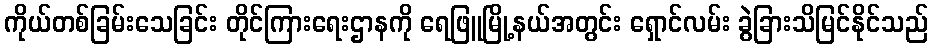
ကိုယ်တစ်ခြမ်းသေခြင်း တိုင်ကြားရေးဌာနကို ရေဖြူမြို့နယ်အတွင်း ရှောင်လမ်း ခွဲခြားသိမြင်နိုင်သည်